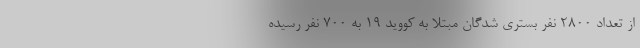
از تعداد ۲۸۰۰ نفر بستری شدگانِ مبتلا به کووید ۱۹ به ۷۰۰ نفر رسیده